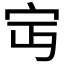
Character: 𡧍